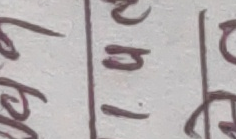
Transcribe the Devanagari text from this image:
७